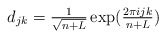
\begin{align*}d_{jk} = \tfrac{1}{\sqrt{n+L}}\exp(\tfrac{2\pi i j k}{n+L})\end{align*}